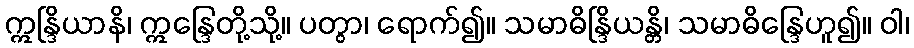
ဣန္ဒြိယာနိ၊ ဣန္ဒြေတို့သို့။ ပတွာ၊ ရောက်၍။ သမာဓိန္ဒြိယန္တိ၊ သမာဓိန္ဒြေဟူ၍။ ဝါ၊